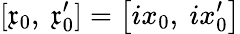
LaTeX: [{\mathfrak{x}}_{0},\ {\mathfrak{x}}_{0}^{\prime}]=\left[ix_{0},\ ix_{0}^{\prime}\right]